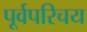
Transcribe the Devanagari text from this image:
पूर्वपरिचय